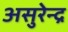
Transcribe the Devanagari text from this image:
असुरेन्द्र